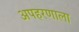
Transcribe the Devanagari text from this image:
अपहरणाला